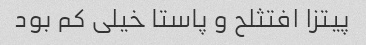
پیتزا افتثلح و پاستا خیلی کم بود